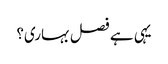
یہی ہے فصل بہاری؟